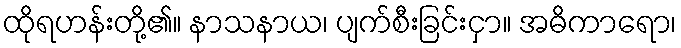
ထိုရဟန်းတို့၏။ နာသနာယ၊ ပျက်စီးခြင်းငှာ။ အဓိကာရော၊